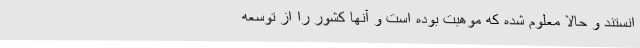
انستند و حالا معلوم شده که موهبت بوده است و آنها کشور را از توسعه